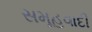
સમૂહવાદી